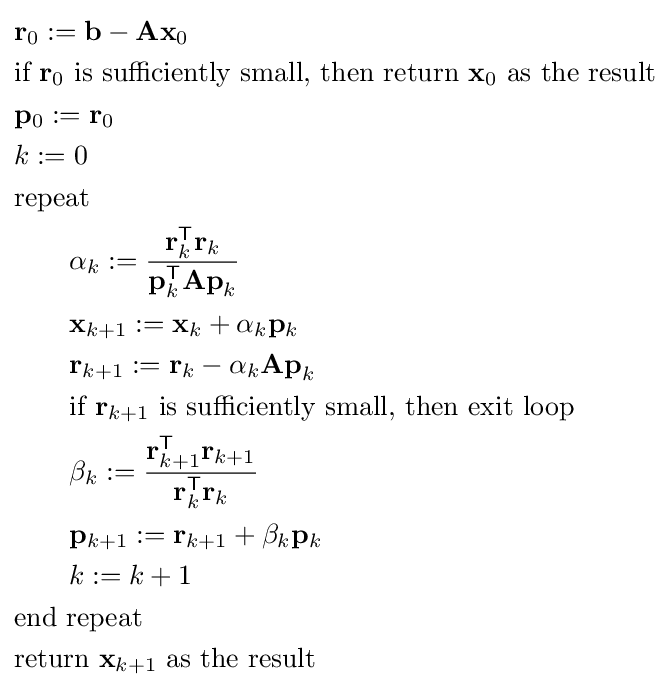
{\begin{aligned}&\mathbf {r} _{0}:=\mathbf {b} -\mathbf {Ax} _{0}\\&{\hbox{if }}\mathbf {r} _{0}{\text{ is sufficiently small, then return }}\mathbf {x} _{0}{\text{ as the result}}\\&\mathbf {p} _{0}:=\mathbf {r} _{0}\\&k:=0\\&{\text{repeat}}\\&\qquad \alpha _{k}:={\frac {\mathbf {r} _{k}^{\mathsf {T}}\mathbf {r} _{k}}{\mathbf {p} _{k}^{\mathsf {T}}\mathbf {Ap} _{k}}}\\&\qquad \mathbf {x} _{k+1}:=\mathbf {x} _{k}+\alpha _{k}\mathbf {p} _{k}\\&\qquad \mathbf {r} _{k+1}:=\mathbf {r} _{k}-\alpha _{k}\mathbf {Ap} _{k}\\&\qquad {\hbox{if }}\mathbf {r} _{k+1}{\text{ is sufficiently small, then exit loop}}\\&\qquad \beta _{k}:={\frac {\mathbf {r} _{k+1}^{\mathsf {T}}\mathbf {r} _{k+1}}{\mathbf {r} _{k}^{\mathsf {T}}\mathbf {r} _{k}}}\\&\qquad \mathbf {p} _{k+1}:=\mathbf {r} _{k+1}+\beta _{k}\mathbf {p} _{k}\\&\qquad k:=k+1\\&{\text{end repeat}}\\&{\text{return }}\mathbf {x} _{k+1}{\text{ as the result}}\end{aligned}}